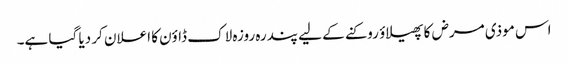
اس موذی مرض کا پھیلاؤ روکنے کے لیے پندرہ روزہ لاک ڈاؤن کا اعلان کر دیا گیا ہے۔